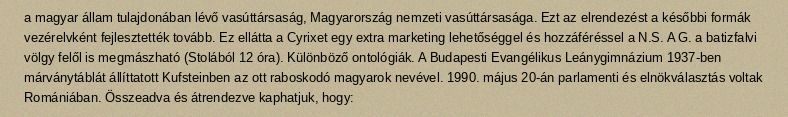
a magyar állam tulajdonában lévő vasúttársaság, Magyarország nemzeti vasúttársasága. Ezt az elrendezést a későbbi formák vezérelvként fejlesztették tovább. Ez ellátta a Cyrixet egy extra marketing lehetőséggel és hozzáféréssel a N.S. A G. a batizfalvi völgy felől is megmászható (Stolából 12 óra). Különböző ontológiák. A Budapesti Evangélikus Leánygimnázium 1937-ben márványtáblát állíttatott Kufsteinben az ott raboskodó magyarok nevével. 1990. május 20-án parlamenti és elnökválasztás voltak Romániában. Összeadva és átrendezve kaphatjuk, hogy: